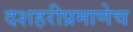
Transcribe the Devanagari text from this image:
दशहरीप्रमाणेच